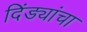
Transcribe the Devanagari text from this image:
दिंड्यांचा